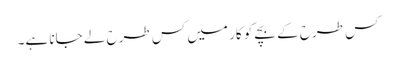
کس طرح کے بچے کو کار میں کس طرح لے جانا ہے۔